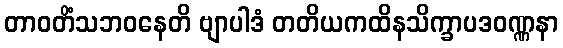
တာဝတိံသဘဝနေတိ ဗျာပါဒံ တတိယကထိနသိက္ခာပဒဝဏ္ဏနာ